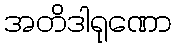
အတိဒါရုဏော